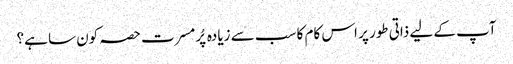
آپ کے لیے ذاتی طور پر اس کام کا سب سے زیادہ پُرمسرت حصہ کون سا ہے؟